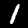
Digit: 1